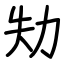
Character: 劮